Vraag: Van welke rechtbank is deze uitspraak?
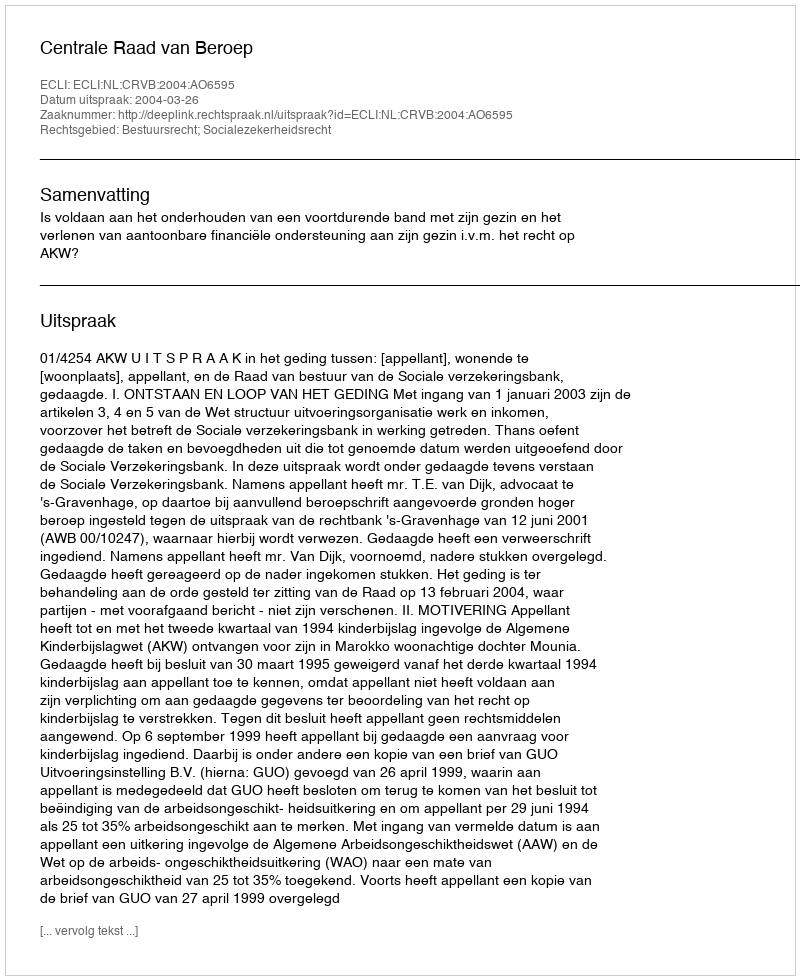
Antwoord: Centrale Raad van Beroep